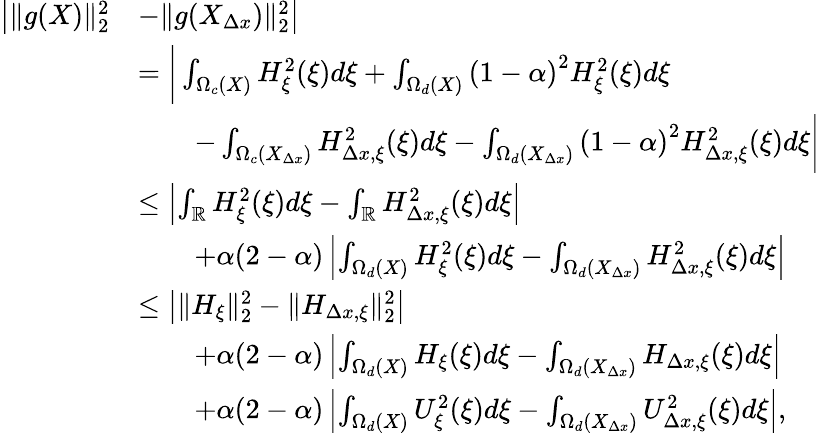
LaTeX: \begin{array}{rl}{\bigl|\| g(X)\| _{2}^{2}}&{-\| g(X_{\Delta x})\| _{2}^{2}\bigr|}\\ &{=\bigg|\int_{\Omega_{c}(X)}H_{\xi}^{2}(\xi)d\xi+\int_{\Omega_{d}(X)}\left(1-\alpha\right)^{2}H_{\xi}^{2}(\xi)d\xi}\\ &{\qquad-\int_{\Omega_{c}(X_{\Delta x})}H_{\Delta x,\xi}^{2}(\xi)d\xi-\int_{\Omega_{d}(X_{\Delta x})}\left(1-\alpha\right)^{2}H_{\Delta x,\xi}^{2}(\xi)d\xi\bigg|}\\ &{\leq\left|\int_{\mathbb{R}}H_{\xi}^{2}(\xi)d\xi-\int_{\mathbb{R}}H_{\Delta x,\xi}^{2}(\xi)d\xi\right|}\\ &{\qquad+\alpha(2-\alpha)\left|\int_{\Omega_{d}(X)}H_{\xi}^{2}(\xi)d\xi-\int_{\Omega_{d}(X_{\Delta x})}H_{\Delta x,\xi}^{2}(\xi)d\xi\right|}\\ &{\leq\left|\| H_{\xi}\| _{2}^{2}-\| H_{\Delta x,\xi}\| _{2}^{2}\right|}\\ &{\qquad+\alpha(2-\alpha)\left|\int_{\Omega_{d}(X)}H_{\xi}(\xi)d\xi-\int_{\Omega_{d}(X_{\Delta x})}H_{\Delta x,\xi}(\xi)d\xi\right|}\\ &{\qquad+\alpha(2-\alpha)\left|\int_{\Omega_{d}(X)}U_{\xi}^{2}(\xi)d\xi-\int_{\Omega_{d}(X_{\Delta x})}U_{\Delta x,\xi}^{2}(\xi)d\xi\right|,}\end{array}